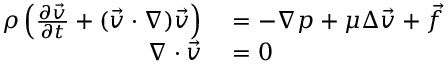
\begin{array} { r l } { \rho \left( \frac { \partial \vec { v } } { \partial t } + ( \vec { v } \cdot \nabla ) \vec { v } \right) } & { { } = - \nabla p + \mu \Delta \vec { v } + \vec { f } } \\ { \nabla \cdot \vec { v } } & { { } = 0 } \end{array}